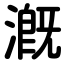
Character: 漑